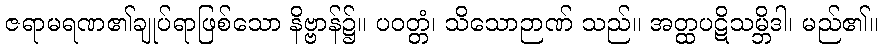
ဇရာမရဏ၏ချုပ်ရာဖြစ်သော နိဗ္ဗာန်၌။ ပဝတ္တံ၊ သိသောဉာဏ် သည်။ အတ္ထပဋိသမ္ဘိဒါ၊ မည်၏။